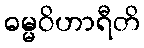
ဓမ္မဝိဟာရီတိ